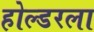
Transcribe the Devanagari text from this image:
होल्डरला